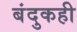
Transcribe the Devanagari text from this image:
बंदुकही